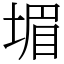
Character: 堳